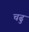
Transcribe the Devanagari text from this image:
चढु